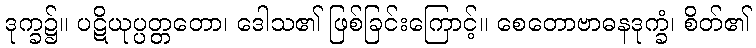
ဒုက္ခ၌။ ပဋိယုပ္ပတ္တတော၊ ဒေါသ၏ ဖြစ်ခြင်းကြောင့်။ စေတောဗာဓနဒုက္ခံ၊ စိတ်၏